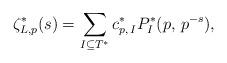
LaTeX: \begin{align*}\zeta_{L,p}^{*}(s)=\sum_{I\subseteq T^{*}}c_{p,\,I}^{*}P_{I}^{*}(p,\,p^{-s}),\end{align*}